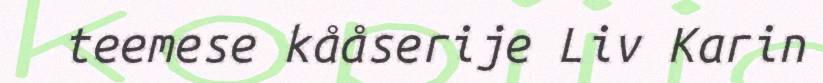
teemese kååserije Liv Karin